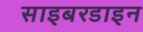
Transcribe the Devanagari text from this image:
साइबरडाइन